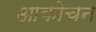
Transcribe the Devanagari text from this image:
आकोचन